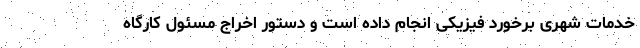
خدمات شهری برخورد فیزیکی انجام داده است و دستور اخراج مسئول کارگاه